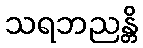
သရဘညန္တိ